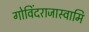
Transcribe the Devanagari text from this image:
गोविंदराजास्वामि